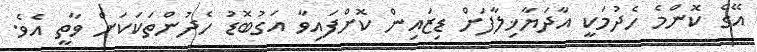
އޭގެ ކޮންމެ ހެދުމަކީ އާދަޔާޚިލާފަށް ޑިޒައިން ކޮށްފައިވާ އަގުބޮޑު ހެދުންތަކަކަށް ވާތީ އެވެ.